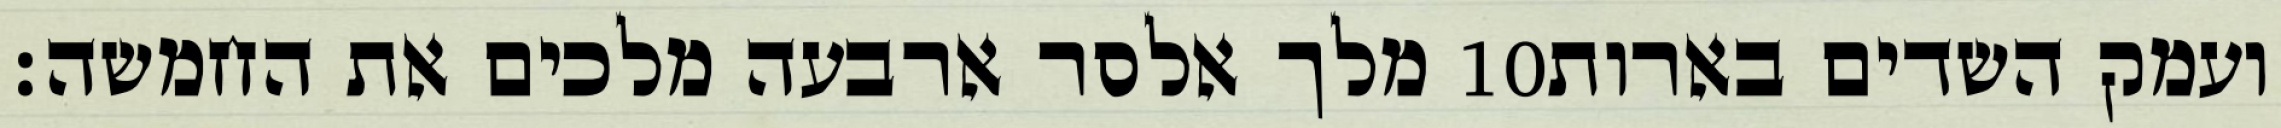
מלך אלסר ארבעה מלכים את החמשה׃ ‎10‏ ועמק השדים בארות